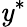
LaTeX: \mathit{y}^{*}